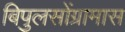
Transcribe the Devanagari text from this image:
बिपुलसोंग्रामास